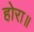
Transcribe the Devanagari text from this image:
होरा॥